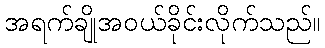
အရက်ချိုအဝယ်ခိုင်းလိုက်သည်။